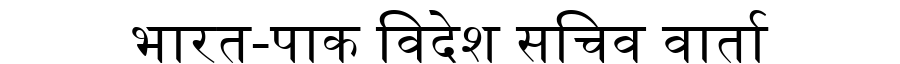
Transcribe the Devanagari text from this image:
भारत-पाक विदेश सचिव वार्ता